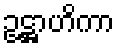
ဥဋ္ဌာဟိကာ